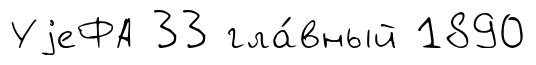
УjеФА 33 гла́вный 1890